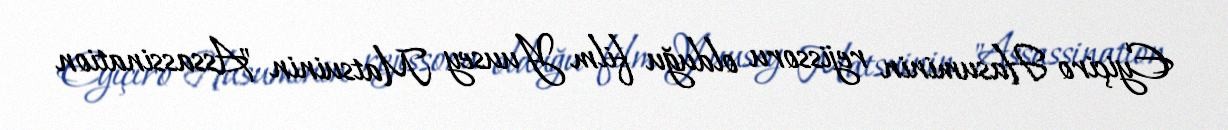
Eyiçiro Hasuminin rejissoru olduğu film Yuusey Matsuinin "Assassination